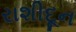
રાશીદૂન